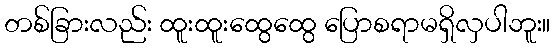
တစ်ခြားလည်း ထူးထူးထွေထွေ ပြောစရာမရှိလှပါဘူး။